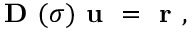
\textbf { D } ( \sigma ) \textbf { u } = \textbf { r } ,